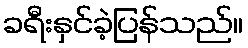
ခရီးနှင်ခဲ့ပြန်သည်။